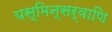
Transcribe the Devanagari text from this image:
यस्मिन्सर्वाणि